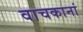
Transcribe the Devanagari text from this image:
वाचकानां